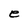
Character: e